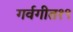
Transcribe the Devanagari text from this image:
गर्वगीत१९